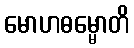
မောဟဓမ္မောတိ